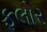
ફલોર